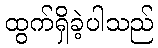
ထွက်ရှိခဲ့ပါသည်